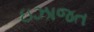
ઇઝાજત